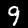
Label: 9